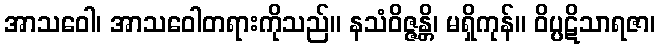
အာသဝေါ၊ အာသဝေါတရားကိုသည်။ နသံဝိဇ္ဇန္တိ၊ မရှိကုန်။ ဝိပ္ပဋိသာရဇာ၊